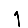
Digit: 1